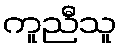
ကူညီသူ